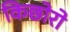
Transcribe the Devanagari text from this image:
किछोरो